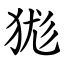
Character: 狵